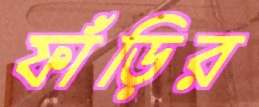
ফাঁড়ির